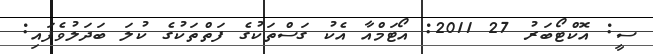
ސީ: އޮކްޓޯބަރު 27 2011: އޯޓަމްއާ އެކު ގަސްތަކުގެ ފަތްތަކުގެ ކުލަ ބަދަލުވެފައި: